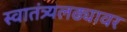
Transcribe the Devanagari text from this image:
स्वातंत्र्यलढ्यावर